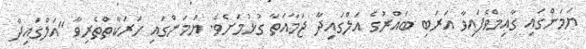
ޔަމަންގައި ގާއިމްވެފައިވާ އަރަބި ބައްރުގެ އަލްގައިދާ ޖަމާއަތާ ގުޅުމަށެވެ. ޔަމަންގައި ހަރަކާތްތެރިވާ "އަލްގައިދާ